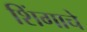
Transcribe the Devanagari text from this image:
शिंगाचे